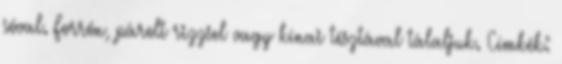
sóval. Forrón, párolt rizzsel vagy kínai tésztával tálaljuk. Címkék: